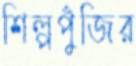
শিল্পপুঁজির